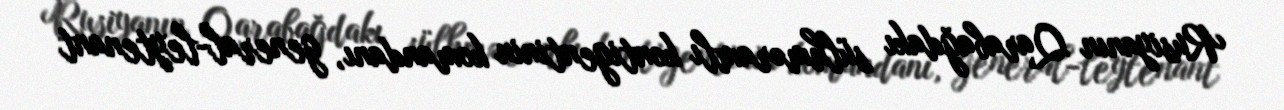
Rusiyanın Qarabağdakı sülhməramlı kontigentinin komandanı, general-leytenant